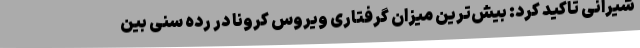
شیرانی تاکید کرد: بیش‌ترین میزان گرفتاری ویروس کرونا در رده سنی بین